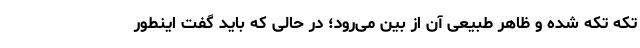
تکه تکه شده و ظاهر طبیعی آن از بین می‌رود؛ در حالی که باید گفت اینطور